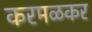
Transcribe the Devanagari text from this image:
करमळकर